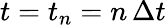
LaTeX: t=t_{n}=n\, \Delta t